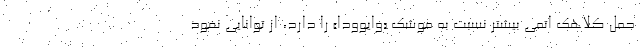
حمل کلاهک اتمی بیشتر نسبت به موشک «وایوودا» را دارد، از توانایی نفوذ